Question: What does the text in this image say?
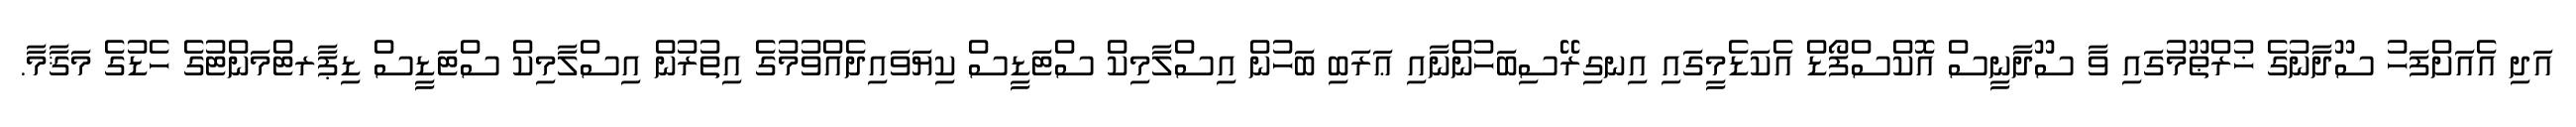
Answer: އަދި އެއަށްފަހު ސޫދާނުގެ ޚުރްޠޫމުގައި ވާ ސޫދާނީސް އޮކްސްފޯޑް އެކަޑެމީގައި އިނގިރޭސިބަހުންނާއި ޢަރަބި ބަހުން އިސްލާމިކް ސްޓަޑީސް ކިޔަވައިދެއްވުމުގެ އިތުރުން އިސްލާމިކް ސްޓަޑީސް ޑިޕާރޓްމަންޓުގެ ހެޑުގެ މަޤާމާ.